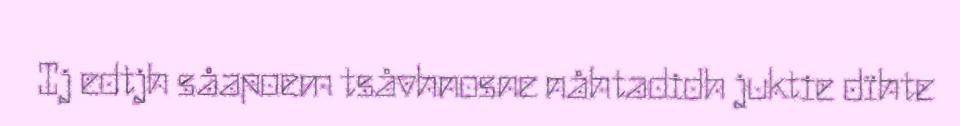
Ij edtjh såapoem tsåvhnosne nåhtadidh juktie dïhte